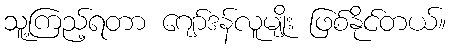
သူ့ကြည့်ရတာ ဂျော်ဒန်လူမျိုး ဖြစ်နိုင်တယ်။